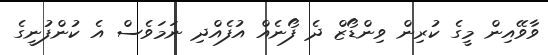
ވާވޭއިން މީގެ ކުރިން ވިންޑޯޒް ދެ ފޯނެއް އުފެއްދި ނަމަވެސް އެ ކުންފުނީގެ